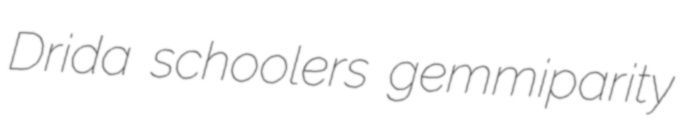
Drida schoolers gemmiparity